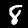
Digit: 8